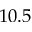
1 0 . 5